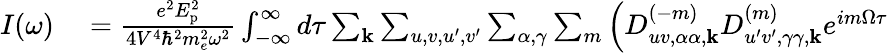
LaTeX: \begin{array}{rl}{I(\omega)}&{{}=\frac{e^{2}E_{\textrm{p}}^{2}}{4V^{4}\hbar^{2}m_{e}^{2}\omega^{2}}\int_{-\infty}^{\infty}d\tau\sum_{\mathbf{k}}\sum_{u,v,u^{\prime},v^{\prime}}\sum_{\alpha,\gamma}\sum_{m}\left(D_{uv,\alpha\alpha,\mathbf{k}}^{(-m)}D_{u^{\prime}v^{\prime},\gamma\gamma,\mathbf{k}}^{(m)}e^{im\Omega\tau}\right.}\end{array}